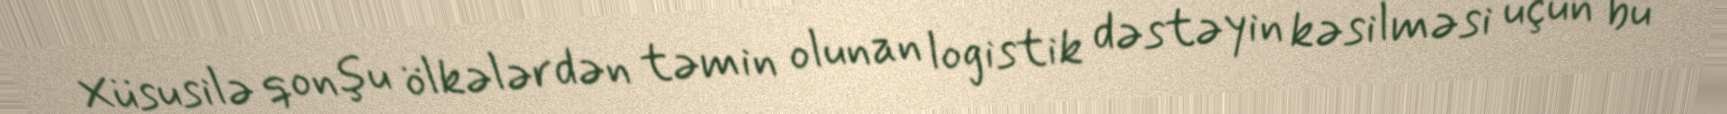
Xüsusilə qonşu ölkələrdən təmin olunan logistik dəstəyin kəsilməsi üçün bu